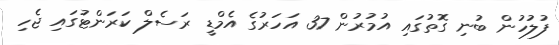
ފުލުހުން ބުނި ގޮތުގައި އުމުރުން 37 އަހަރުގެ އެމްޑީ ރަސެލް ކަރަންޓުގައި ޖެހި